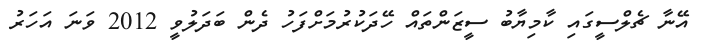
އޭނާ ޗެލްސީގައި ކާމިޔާބު ސީޒަންތައް ހޭދަކުރުމަށްފަހު ދެން ބަދަލުވީ 2012 ވަނަ އަހަރު